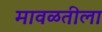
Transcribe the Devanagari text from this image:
मावळतीला